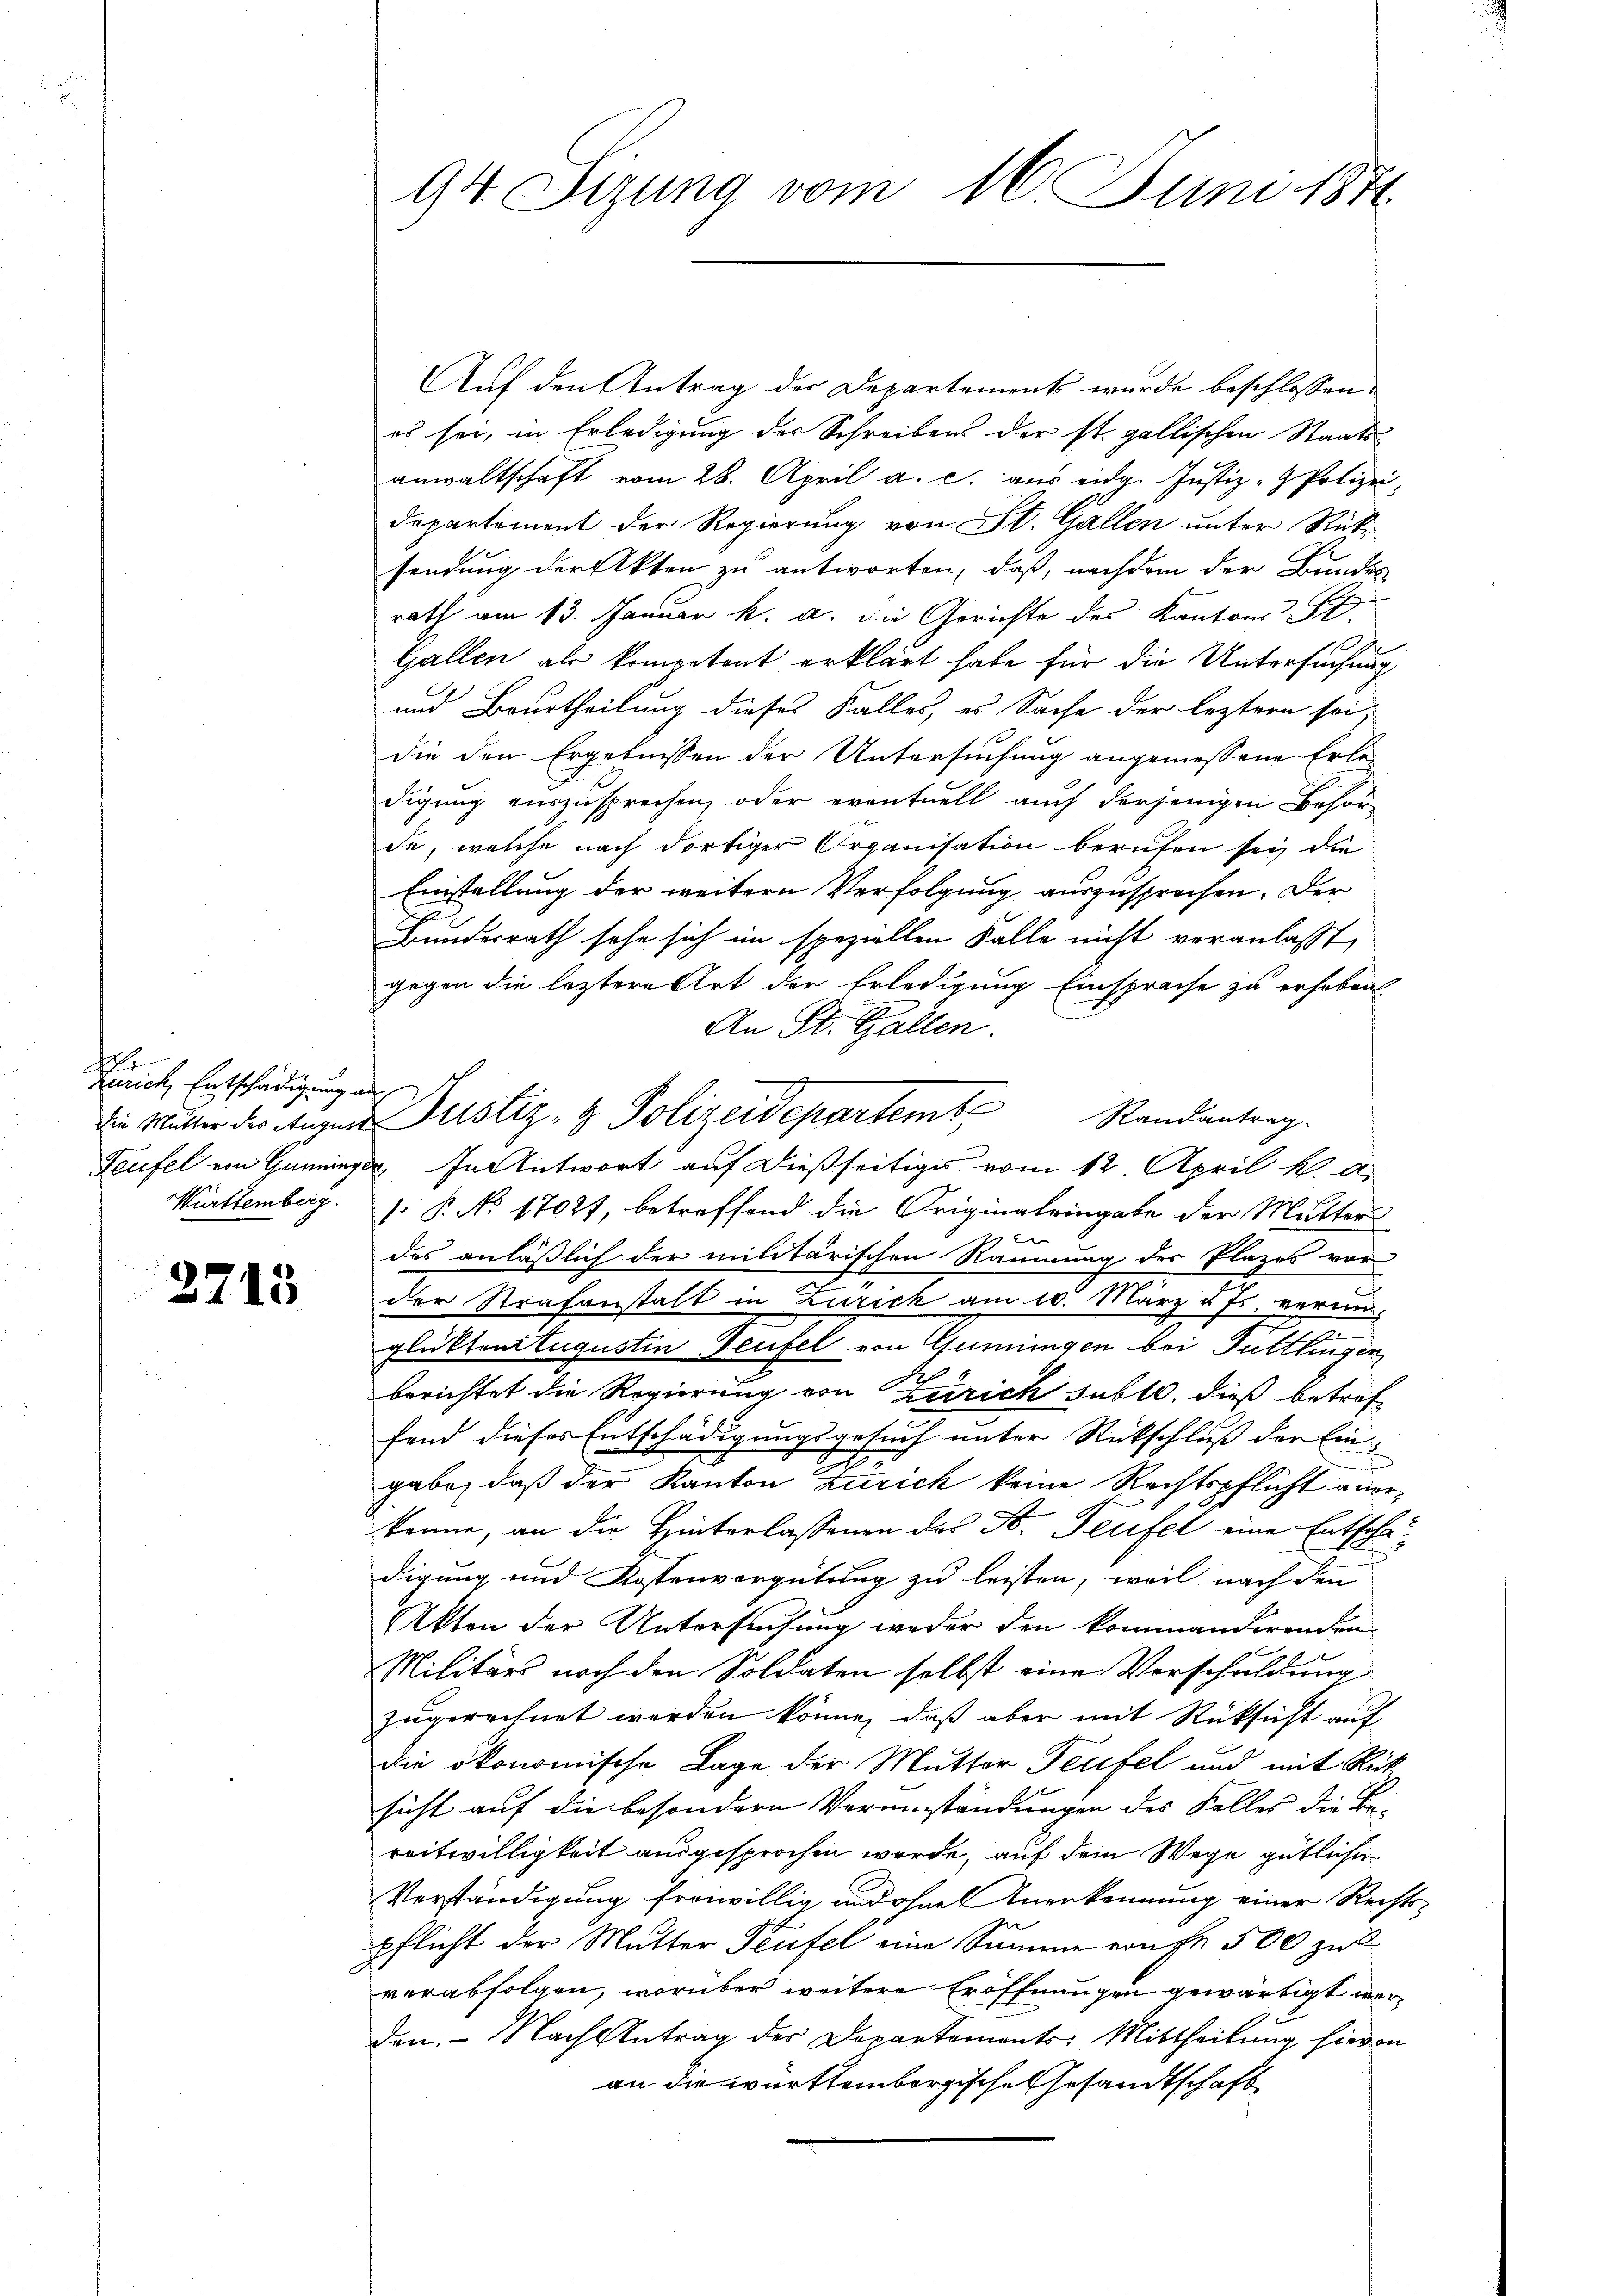
A
Zürich, Entschädigung au
Württemberg.

2715

94. Sizung vom 16. Juni 1874.

Auf den Antrag der Departements wurde beschlossen:
es sei, in Erledigung der Schreibens der st. gallischen Staats-
anwaltschaft vom 28. April a. c. aus eidg. Justiz - Polizei,
departement der Regierung von St. Gallen unter Rück-
sendung der Akten zu antworten, daß, nachdem der Bundes
rath am 13. Januar h. a. die Gerichte des Kantons St.
Gallen als kompetent erklärt habe für die Untersuchung
und Beurtheilung dieses Falles, es Sache der leztern sei
die den Ergebnissen der Untersuchung angemessene Erledigung auszusprechen, oder eventuell auch derjenigen Behörde, welche nach dortiger Organisation berufen sey die
Einstellung der weitern Verfolgung auszusprechen. Der
Bundesrath sehe sich im speziellen Falle nicht veranlaßt,
gegen die leztere Art der Erledigung Einsprache zu erhoben.
An St. Gallen.
Teufel von Gemeinger. In Antwort auf dießseitiges vom 12. April h. a.
 P. No 17027, betreffend die Originaleingabe der Mutter

des anläßlich der militärischen Räumung der Plazes vor
der Strafanstalt in Zürich am 20. März u. Js. vermin-
n
glükten Augustin Teufel von Güningen bei Tuttlingen
berichtet die Regierung von Zürich subtl. dieß betreffend dieses Entschädigungsgesuch unter Rückschluß der Eingabe, daß der Kanton Zürich keine Rechtspflicht anerkenne, an die Hinterlassenen des B. Teufel eine Entschadigung und Kostenvergütung zu leisten, weil nach den
Akten der Untersuchung weder den kommanderenden
Militärs noch den Soldaten selbst eine Vorschuldung
zugerechnet werden könne, daß aber mit Rücksicht auf
die ökonomische Lage der Mutter Teufel und mit Rück
sicht auf die besondern Vorumständungen des Falles die Be-
reitwilligkeit ausgesprochen werde, auf dem Wege gütlicher
Verständigung freiwillig und ohnes Anerkennung einer Rechts-
pflicht der Mutter Teufel eine Summe von Fr. 500 zu
verabfolgen, worüber weitere Eröffnungen gewärtigt werden. Nach Antrag des Departements: Mittheilung hievon
an die württembergische Gesandtschaft

die Mutter des Augen Justiz- & Polizeidepartemt Randantrag